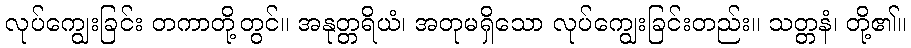
လုပ်ကျွေးခြင်း တကာတို့တွင်။ အနုတ္တရိယံ၊ အတုမရှိသော လုပ်ကျွေးခြင်းတည်း။ သတ္တနံ၊ တို့၏။